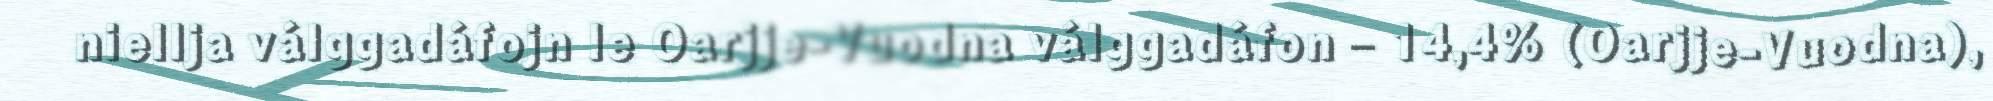
niellja válggadáfojn le Oarjje-Vuodna válggadáfon – 14,4% (Oarjje-Vuodna),